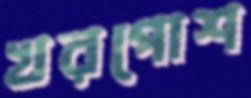
খরপোশ